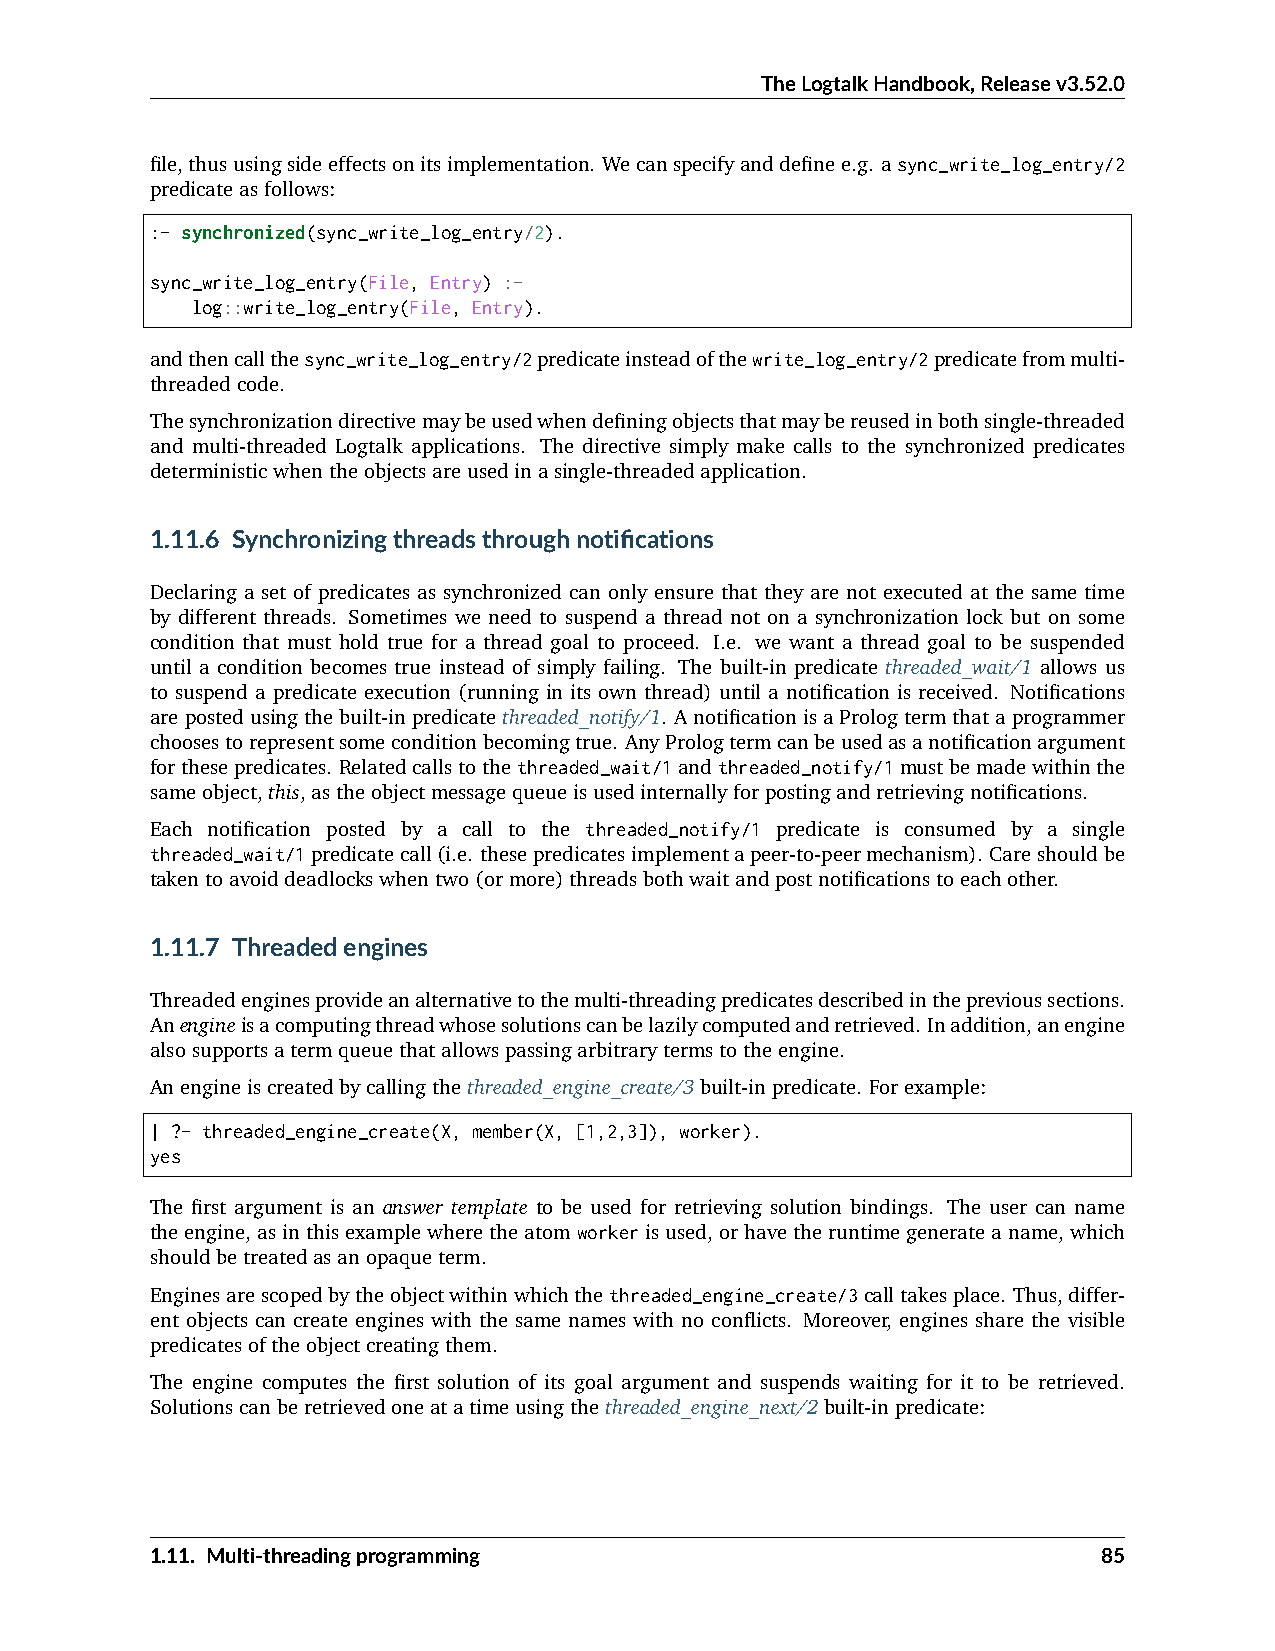
TheLogtalkHandbook,Releasev3.52.0
 file,thususingsideeffectsonitsimplementation. Wecanspecifyanddefinee.g. async_write_log_entry/2
 predicateasfollows:
 :- synchronized(sync_write_log_entry/2).
 sync_write_log_entry(File, Entry) :-
 log::write_log_entry(File, Entry).
 andthencallthesync_write_log_entry/2predicateinsteadofthewrite_log_entry/2predicatefrommulti-
 threadedcode.
 Thesynchronizationdirectivemaybeusedwhendefiningobjectsthatmaybereusedinbothsingle-threaded
 and multi-threaded Logtalk applications. The directive simply make calls to the synchronized predicates
 deterministicwhentheobjectsareusedinasingle-threadedapplication.
 1.11.6 Synchronizingthreadsthroughnotifications
 Declaring a set of predicates as synchronized can only ensure that they are not executed at the same time
 by different threads. Sometimes we need to suspend a thread not on a synchronization lock but on some
 condition that must hold true for a thread goal to proceed. I.e. we want a thread goal to be suspended
 until a condition becomes true instead of simply failing. The built-in predicate threaded_wait/1 allows us
 to suspend a predicate execution (running in its own thread) until a notification is received. Notifications
 arepostedusingthebuilt-inpredicatethreaded_notify/1. AnotificationisaPrologtermthataprogrammer
 choosestorepresentsomeconditionbecomingtrue. AnyPrologtermcanbeusedasanotificationargument
 forthesepredicates. Relatedcallstothethreaded_wait/1andthreaded_notify/1mustbemadewithinthe
 sameobject,this,astheobjectmessagequeueisusedinternallyforpostingandretrievingnotifications.
 Each notification posted by a call to the threaded_notify/1 predicate is consumed by a single
 threaded_wait/1predicatecall(i.e. thesepredicatesimplementapeer-to-peermechanism). Careshouldbe
 takentoavoiddeadlockswhentwo(ormore)threadsbothwaitandpostnotificationstoeachother.
 1.11.7 Threadedengines
 Threadedenginesprovideanalternativetothemulti-threadingpredicatesdescribedintheprevioussections.
 Anengineisacomputingthreadwhosesolutionscanbelazilycomputedandretrieved. Inaddition,anengine
 alsosupportsatermqueuethatallowspassingarbitrarytermstotheengine.
 Anengineiscreatedbycallingthethreaded_engine_create/3built-inpredicate. Forexample:
 | ?- threaded_engine_create(X, member(X, [1,2,3]), worker).
 yes
 The first argument is an answer template to be used for retrieving solution bindings. The user can name
 theengine,asinthisexamplewheretheatomworkerisused,orhavetheruntimegenerateaname, which
 shouldbetreatedasanopaqueterm.
 Enginesarescopedbytheobjectwithinwhichthethreaded_engine_create/3calltakesplace. Thus,differ-
 ent objects can create engines with the same names with no conflicts. Moreover, engines share the visible
 predicatesoftheobjectcreatingthem.
 The engine computes the first solution of its goal argument and suspends waiting for it to be retrieved.
 Solutionscanberetrievedoneatatimeusingthethreaded_engine_next/2built-inpredicate:
 1.11. Multi-threadingprogramming                               85